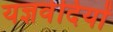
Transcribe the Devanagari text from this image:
यज्ञवेदियों